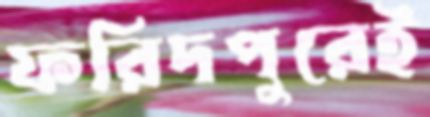
ফরিদপুরেই